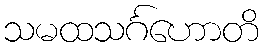
သမထသင်္ဂဟောတိ